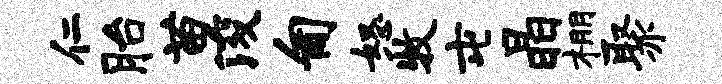
仁胎苗浚匍怒牧屯晶棚聚